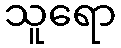
သူရော